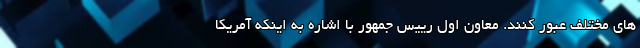
های مختلف عبور کنند. معاون اول رییس جمهور با اشاره به اینکه آمریکا